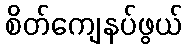
စိတ်ကျေနပ်ဖွယ်